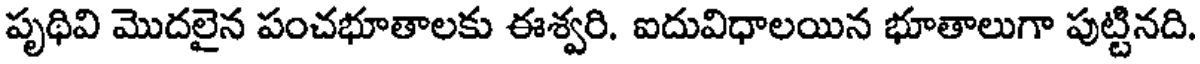
పృథివి మొదలైన పంచభూతాలకు ఈశ్వరి. ఐదువిధాలయిన భూతాలుగా పుట్టినది.